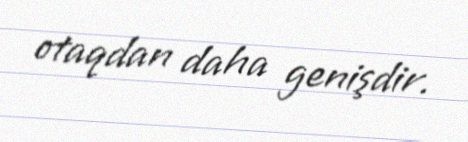
otaqdan daha genişdir.